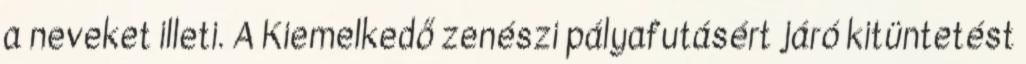
a neveket illeti. A Kiemelkedő zenészi pályafutásért járó kitüntetést